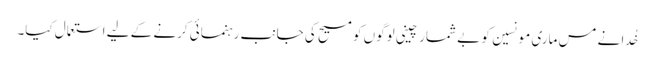
خُدا نے مس ماری مونسین کو بے شمار چینی لوگوں کو مسیح کی جانب رہنمائی کرنے کے لیے استعمال کیا۔